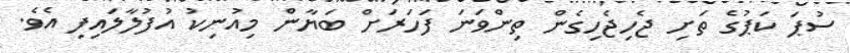
ސުޕަ ކަޕުގެ ތަށި ޖެހިޖެހިގެން ތިންވަނަ ފަހަރަށް ބަޔާން މިއުނިކު އުފުލާލައިފި އެވެ.